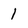
Character: 1